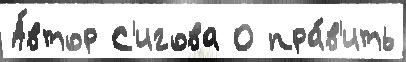
А́втор С'игова О пра́в'ить